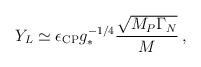
LaTeX: \begin{align*}Y_{L} \simeq \epsilon_{\rm CP} g_*^{-1/4} \frac{ \sqrt{M_P\Gamma_N}}{M} \,, \end{align*}